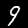
Label: 9